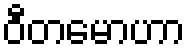
ဝီတမောဟာ